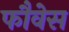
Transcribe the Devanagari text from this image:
फौवेस